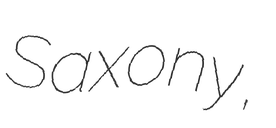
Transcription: Saxony,